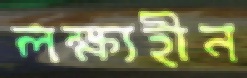
লক্ষ্যহীন